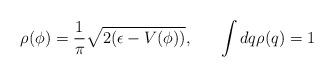
LaTeX: \begin{align*}\rho(\phi) = \frac{1}{\pi} \sqrt{2(\epsilon - V(\phi))}, \;\;\;\;\;\; \int dq \rho (q) = 1\end{align*}